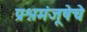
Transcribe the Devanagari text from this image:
प्रश्नमंजूषेचे